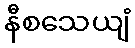
နီစသေယျံ